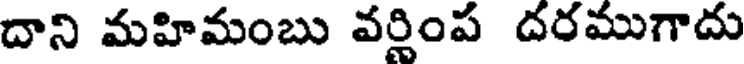
దాని మహిమంబు వర్ణింప దరముగాదు